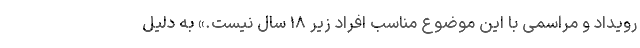
رویداد و مراسمی با این موضوع مناسب افراد زیر ۱۸ سال نیست.» به دلیل